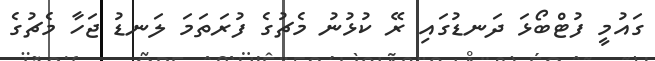
ގައުމީ ފުޓްބޯޅަ ދަނޑުގައި ރޭ ކުޅުނު މެޗުގެ ފުރަތަމަ ލަނޑު ޖަހާ މެޗުގެ